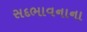
સદભાવનાના